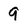
Character: 9